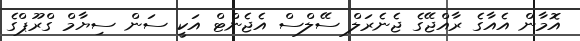
އޮމާން އެއާގެ ރާއްޖޭގެ ޖެނެރަލް ސޭލްސް އެޖެންޓް އަކީ ސަން ސިޔާމް ގްރޫޕްގެ